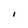
Character: l